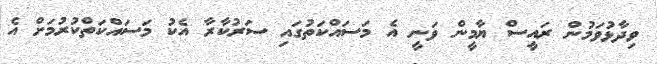
ވިދާޅުވަމުން ރައީސް ޔާމީން ވަނީ އެ މަސައްކަތުގައި ސަރުކާރާ އެކު މަސައްކަތްކުރުމަށް އެ